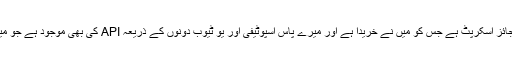
میرے پاس اس بات کا ثبوت ہے کہ یہ ایک جائز اسکرپٹ ہے جس کو میں نے خریدا ہے اور میرے پاس اسپوٹیفی اور یو ٹیوب دونوں کے ذریعہ API کی بھی موجود ہے جو میں نے ان کی تعریف کرتے ہوئے حاصل کی۔